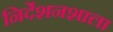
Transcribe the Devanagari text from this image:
निर्देशनशाला